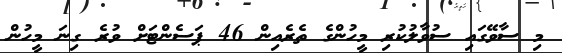
މި ސާވޭގައި ސުވާލުކުރި މީހުންގެ ތެރެއިން 46 ޕަސެންޓަށް ވުރެ ގިނަ މީހުން